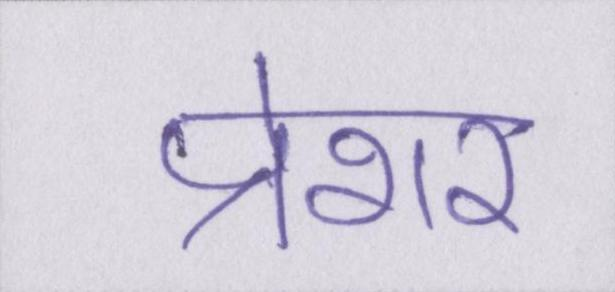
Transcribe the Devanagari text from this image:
प्रेशर